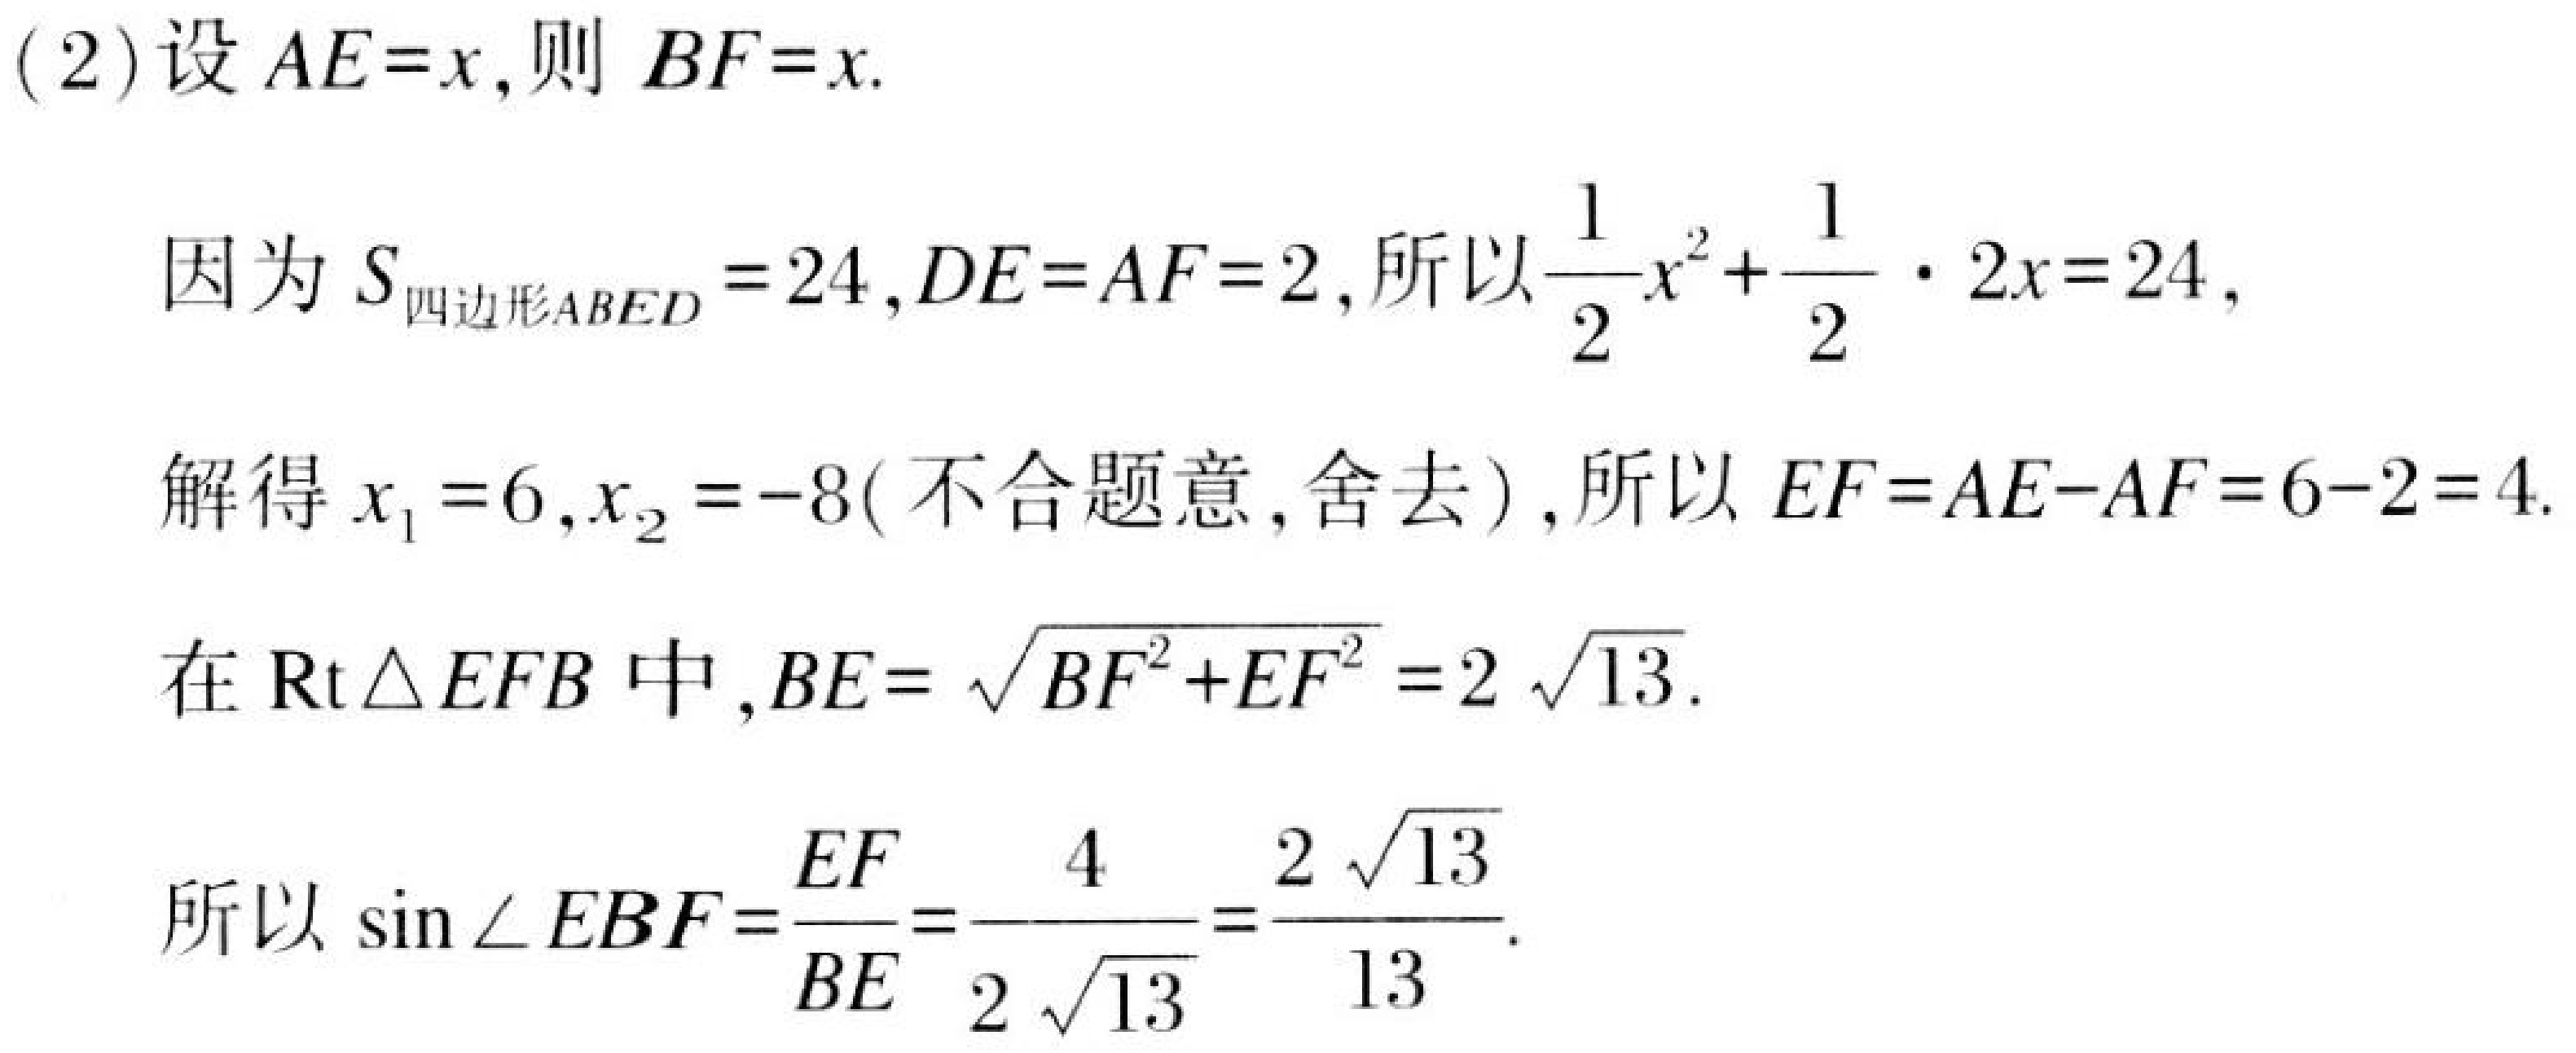
(2)设\(AE = x\),则 \(BF = x\).
因为\(S_{四边形ABED}=24\),\(DE = AF = 2\),所以\(\frac{1}{2}x^{2}+\frac{1}{2}\cdot 2x = 24\),
解得\(x_{1}=6\),\(x_{2}=-8\)( 不合题意,舍去 ),所以 \(EF = AE - AF = 6 - 2 = 4\).
在\(\text{Rt}\triangle EFB\)中,\(BE=\sqrt{BF^{2}+EF^{2}} = 2\sqrt{13}\).
所以\(\sin\angle EBF=\frac{EF}{BE}=\frac{4}{2\sqrt{13}}=\frac{2\sqrt{13}}{13}\).